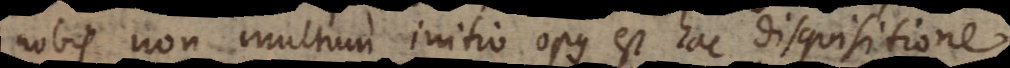
nobis non multum initio opus est hac disquisitione,